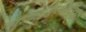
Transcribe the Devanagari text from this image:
फाइब्रोमैइअल्जिआ